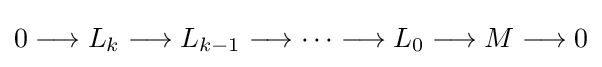
0\longrightarrow L_{k}\longrightarrow L_{k-1}\longrightarrow \cdots \longrightarrow L_{0}\longrightarrow M\longrightarrow 0